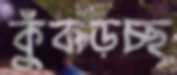
কুঁকড়চ্ছ